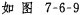
如图7-6-9